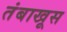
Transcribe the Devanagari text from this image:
तंबाखूस